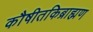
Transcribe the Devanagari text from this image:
कौषीतकिब्राह्मण